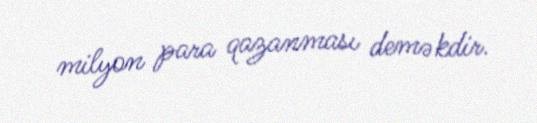
milyon para qazanması deməkdir.